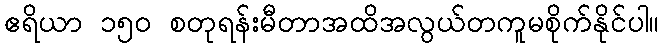
ဧရိယာ ၁၅၀ စတုရန်းမီတာအထိအလွယ်တကူမစိုက်နိုင်ပါ။